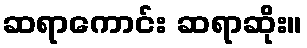
ဆရာကောင်း ဆရာဆိုး။